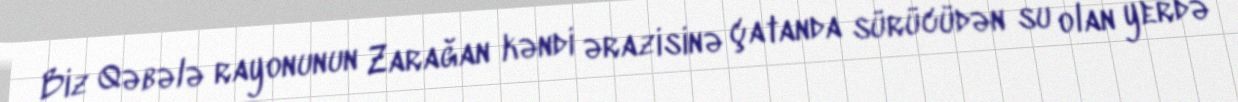
Biz Qəbələ rayonunun Zarağan kəndi ərazisinə çatanda sürücüdən su olan yerdə